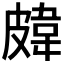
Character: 𥀊